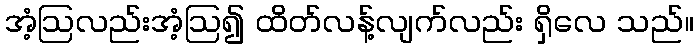
အံ့ဩလည်းအံ့ဩ၍ ထိတ်လန့်လျက်လည်း ရှိလေ သည်။